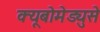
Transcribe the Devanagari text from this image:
क्यूबोमेड्युसे